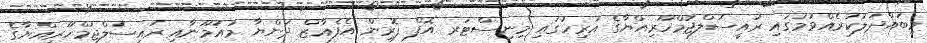
މިބައްދަލުކުރެއްވުމުގައި ރައީސުލްޖުމްހޫރިއްޔާގެ އަރިހުގައި މިނިސްޓަރ އޮފް ފޮރިން އެފެއާޒް ދުންޔާ މައުމޫނާއި ރައީސުލްޖުމްހޫރިއްޔާގެ